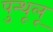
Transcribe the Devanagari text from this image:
पुन्थूलू